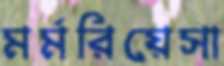
মর্মরিয়েসা